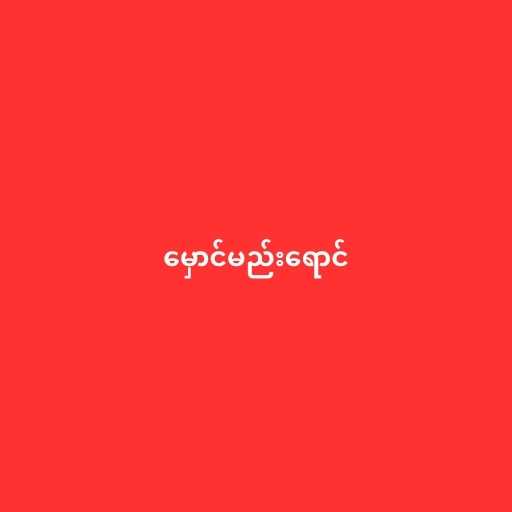
မှောင်မည်းရောင်